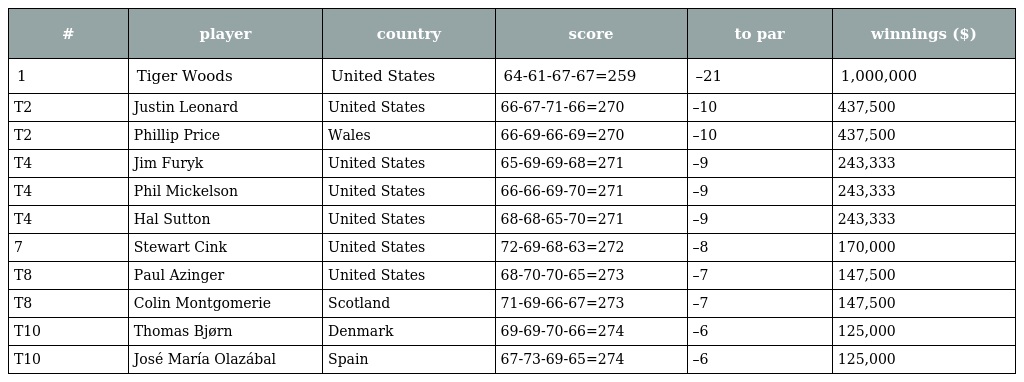
| # | player | country | score | to par | winnings ($) |
 | --- | --- | --- | --- | --- | --- |
 | 1 | Tiger Woods | United States | 64-61-67-67=259 | –21 | 1,000,000 |
 | T2 | Justin Leonard | United States | 66-67-71-66=270 | –10 | 437,500 |
 | T2 | Phillip Price | Wales | 66-69-66-69=270 | –10 | 437,500 |
 | T4 | Jim Furyk | United States | 65-69-69-68=271 | –9 | 243,333 |
 | T4 | Phil Mickelson | United States | 66-66-69-70=271 | –9 | 243,333 |
 | T4 | Hal Sutton | United States | 68-68-65-70=271 | –9 | 243,333 |
 | 7 | Stewart Cink | United States | 72-69-68-63=272 | –8 | 170,000 |
 | T8 | Paul Azinger | United States | 68-70-70-65=273 | –7 | 147,500 |
 | T8 | Colin Montgomerie | Scotland | 71-69-66-67=273 | –7 | 147,500 |
 | T10 | Thomas Bjørn | Denmark | 69-69-70-66=274 | –6 | 125,000 |
 | T10 | José María Olazábal | Spain | 67-73-69-65=274 | –6 | 125,000 |